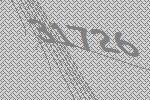
31726